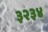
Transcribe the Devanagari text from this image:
३२३४